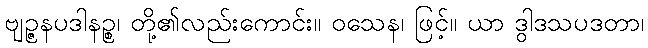
ဗျဉ္ဇနပဒါနဉ္စ၊ တို့၏လည်းကောင်း။ ဝသေန၊ ဖြင့်။ ယာ ဒွါဒသပဒတာ၊